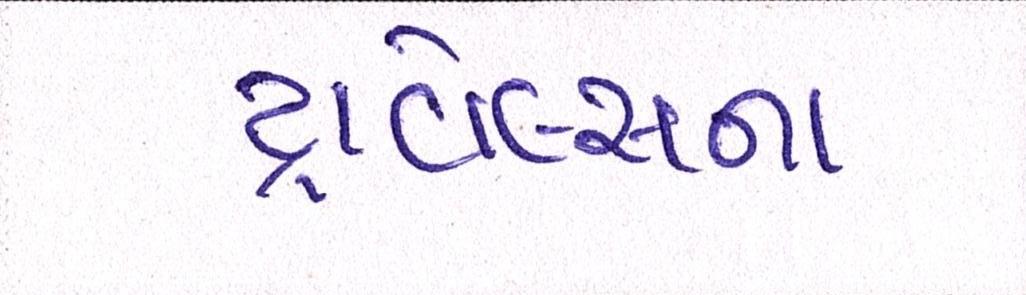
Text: ટ્રાવેલ્સના